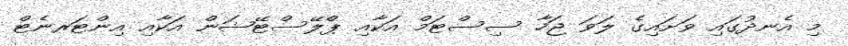
މި އެނދުގައި ވަށައިގެ ލަވަ ޖަހާ ސިސްޓަމް އަކާއި ޕްލޭސްޓޭޝަން އަކާއި އިންޓަރނެޓް